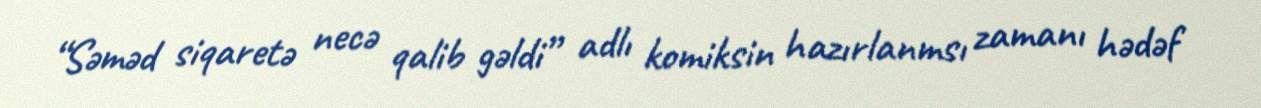
“Səməd siqaretə necə qalib gəldi” adlı komiksin hazırlanmsı zamanı hədəf